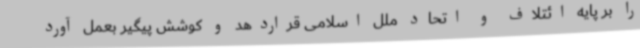
را بر پایه ائتلاف و اتحاد ملل اسلامی قراردهد و کوشش پیگیر بعمل آورد